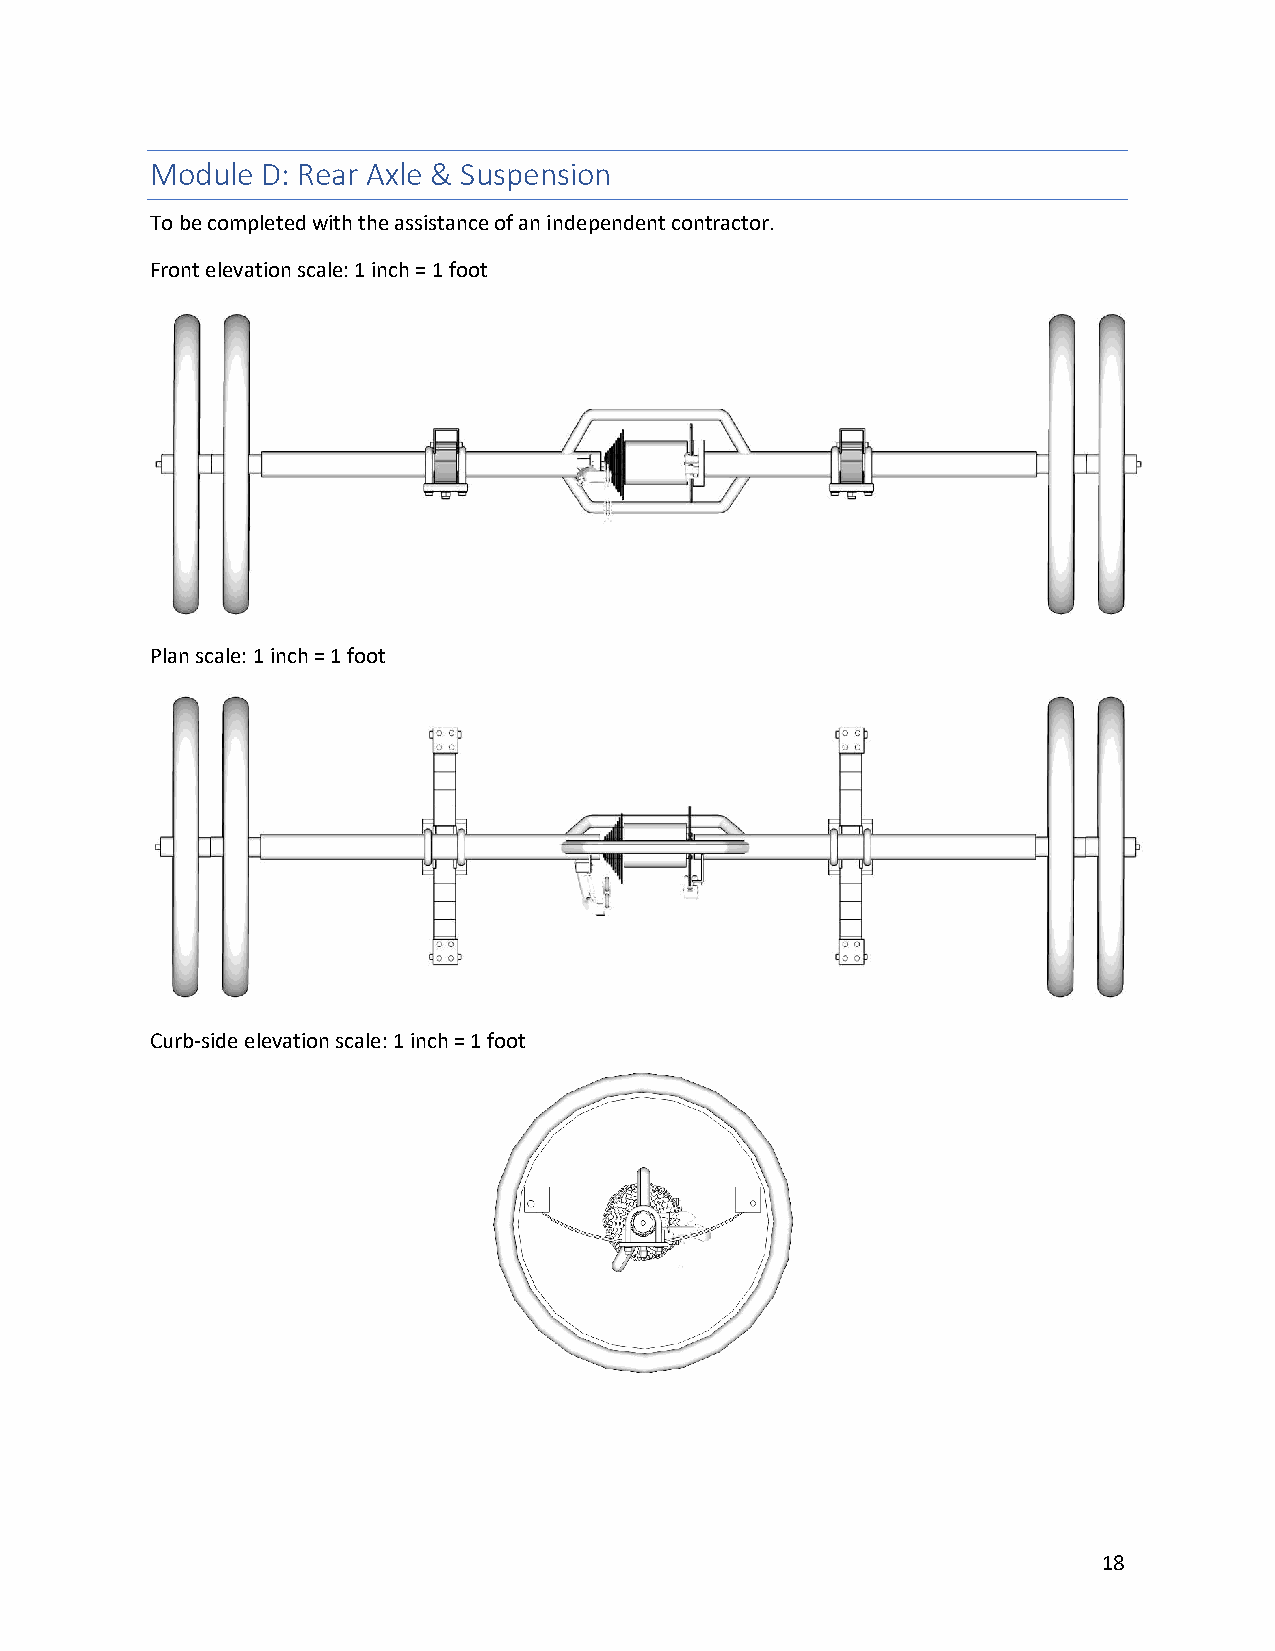
Module D: Rear Axle & Suspension
 To be completed with the assistance of an independent contractor.
 Front elevation scale: 1 inch = 1 foot
 Plan scale: 1 inch = 1 foot
 Curb-side elevation scale: 1 inch = 1 foot
 18